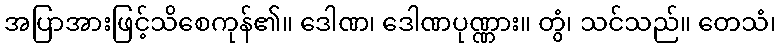
အပြာအားဖြင့်သိစေကုန်၏။ ဒေါဏ၊ ဒေါဏပုဏ္ဏား။ တွံ၊ သင်သည်။ တေသံ၊